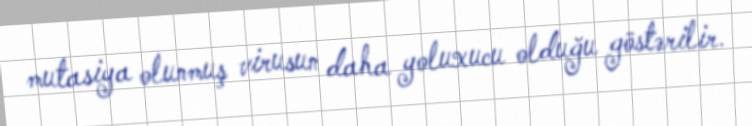
mutasiya olunmuş virusun daha yoluxucu olduğu göstərilir.